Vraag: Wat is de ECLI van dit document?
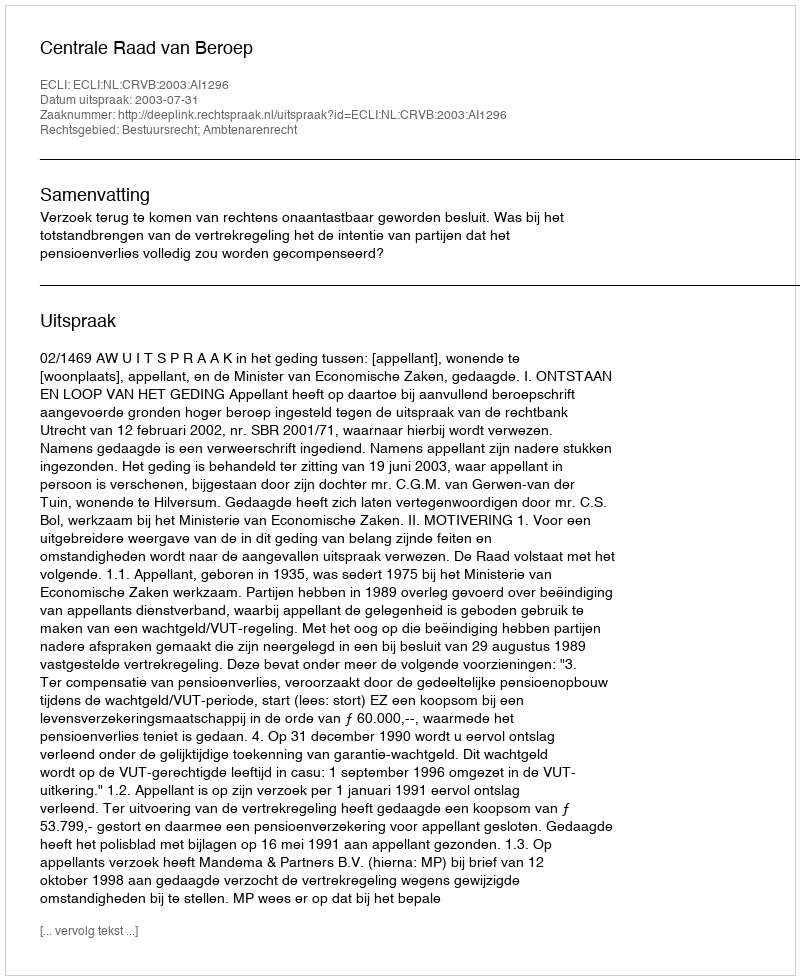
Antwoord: ECLI:NL:CRVB:2003:AI1296